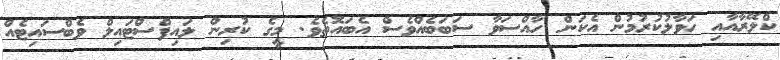
ކްލޭރާއާއި ހަވާލުކުރުމުން އެކަން ހާއްސަވާ ސަބަބެއްވެސް އެބައޮތެވެ. މީގެ ކުރިން ލައިފްސްޓައިލް ވެބްސައިޓެއް